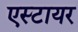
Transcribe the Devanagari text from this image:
एस्टायर